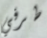
طرفي